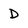
Character: D